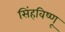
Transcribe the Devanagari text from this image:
सिंहविष्णू